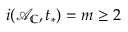
i ( \mathcal { A } _ { \mathbb { C } } , t _ { * } ) = m \ge 2